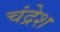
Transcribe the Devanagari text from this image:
चंद्रेश